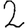
Digit: 2